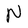
Character: N